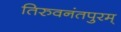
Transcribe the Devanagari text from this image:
तिरुवनंतपुरम्‌